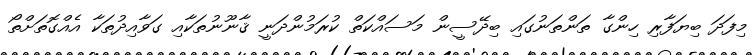
މިފަދަ ބިޔަފާރި ހިންގާ ތަންތަނުގައި ބިދޭސީން މަސައްކަތް ކުރަމުންދަނީ ޤާނޫނުތަކާއި ގަވާއިދުތަކާ އެއްގޮތަށްތޯ